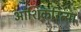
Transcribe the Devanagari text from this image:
आंशिकरित्या